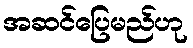
အဆင်ပြေမည်ဟု